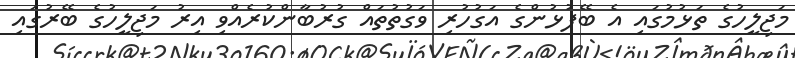
މަޖިލީހުގެ ތަޅުމުގައި އެ ބޭފުޅުންގެ އަގުހުރި ވަގުތުތައް ގުރުބާންކުރެއްވި އިރު މަޖިލީހުގެ ބޭރުގައި